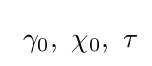
\ \gamma _{0},\ \chi _{0},\ \tau